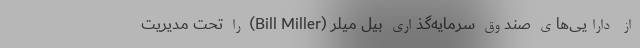
از دارایی‌های صندوق سرمایه‌گذاری بیل میلر (Bill Miller) را تحت مدیریت